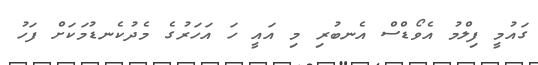
ގައުމީ ފިލްމު އެވޯޑްސް އެނބުރި މި އައީ ހަ އަހަރުގެ މެދުކެނޑުމަކަށް ފަހު